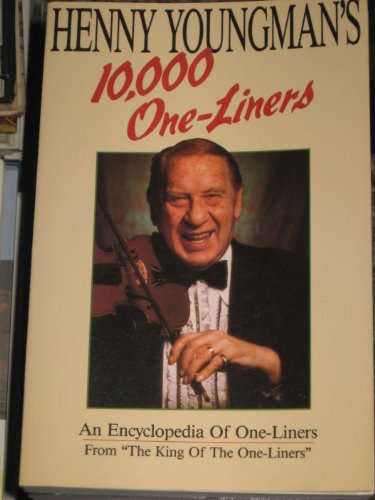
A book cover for Henny Youngman's 10,000 One -Liners: An Encyclopedia of One-Liners; Henny Youngman; Reference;